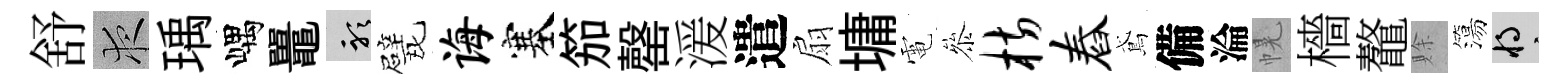
舒夜瑀嵎鼉聽戏诲塞笳罄湲遣扇墉電叅枋舂鳶備淪幌檣鼇賖簜將